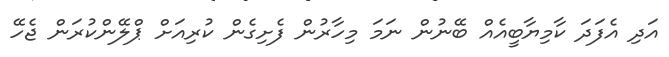
އަދި އެފަދަ ކާމިޔާބީއެއް ބޭނުން ނަމަ މިހާރުން ފެށިގެން ކުރިއަށް ޕްލޭންކުރަން ޖެހޭ